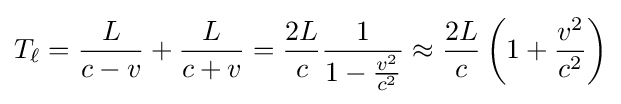
T_{\ell }={\frac {L}{c-v}}+{\frac {L}{c+v}}={\frac {2L}{c}}{\frac {1}{1-{\frac {v^{2}}{c^{2}}}}}\approx {\frac {2L}{c}}\left(1+{\frac {v^{2}}{c^{2}}}\right)